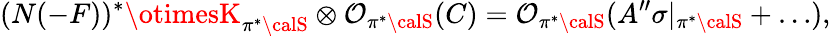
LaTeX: (N(-F))^{*}\otimesK_{\pi^{*}{\calS}}\otimes{\cal\mathcal{O}}_{\pi^{*}{\calS}}(C)={\cal\mathcal{O}}_{\pi^{*}{\calS}}(A^{\prime\prime}\sigma|_{\pi^{*}{\calS}}+\dots),